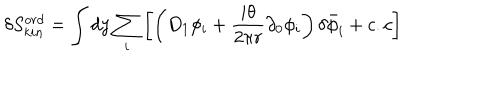
LaTeX: \delta S _ { k i n } ^ { o r d } = \int d y \sum _ { i } \left[ \left( D _ { 1 } \phi _ { i } + \frac { i \theta } { 2 \pi r } \partial _ { 0 } \phi _ { i } \right) \delta { \bar { \phi } _ { i } } + c . c \right]